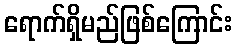
ရောက်ရှိမည်ဖြစ်ကြောင်း